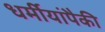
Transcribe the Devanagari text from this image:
धर्मीयांपैकी